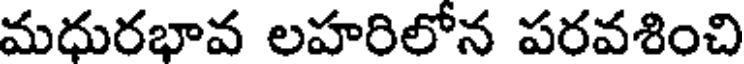
మధురభావ లహరిలోన పరవశించి